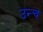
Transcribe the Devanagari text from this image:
उन्च